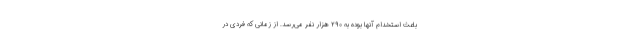
باعث استخدام آنها بوده به ۲۹۰ هزار نفر می‌رسد. از زمانی که فردی در